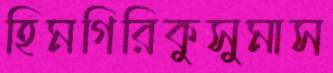
হিমগিরিকুসুমাস